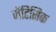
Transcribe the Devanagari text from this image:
जेंटिसिक